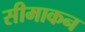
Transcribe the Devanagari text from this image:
सीमाकन